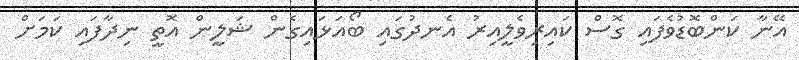
އޭނާ ކަންބޮޑުވެފައި ގޮސް ކައިރިވެލީއިރު އެނދުގައި ބޯއަޅައިގެން ޝަލީން އޮތީ ނިދާފައި ކަމަށް